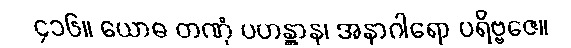
၄၁၆။ ယောဓ တဏှံ ပဟန္တွာန၊ အနာဂါရော ပရိဗ္ဗဇေ။